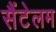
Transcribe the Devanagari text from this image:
सैंटेलम